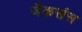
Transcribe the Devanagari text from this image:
जैकसंस